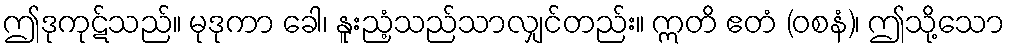
ဤဒုကုဋ်သည်။ မုဒုကာ ခေါ၊ နူးညံ့သည်သာလျှင်တည်း။ ဣတိ ဧတံ (ဝစနံ)၊ ဤသို့သော